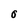
Character: o